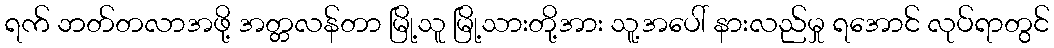
ရက် ဘတ်တလာအဖို့ အတ္တလန်တာ မြို့သူ မြို့သားတို့အား သူ့အပေါ် နားလည်မှု ရအောင် လုပ်ရာတွင်